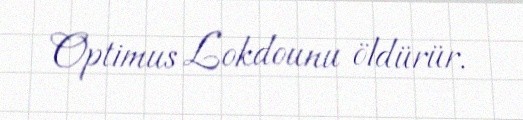
Optimus Lokdounu öldürür.